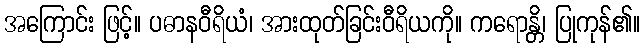
အကြောင်း ဖြင့်။ ပဓာနဝီရိယံ၊ အားထုတ်ခြင်းဝီရိယကို။ ကရောန္တိ၊ ပြုကုန်၏။